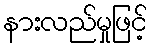
နားလည်မှုဖြင့်